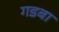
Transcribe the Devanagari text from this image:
गडबा